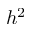
h ^ { 2 }